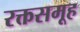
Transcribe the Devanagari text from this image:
रक्तसमूह